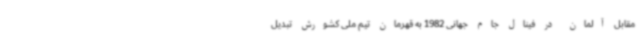
مقابل آلمان در فینال جام جهانی 1982 به قهرمان تیم ملی کشورش تبدیل